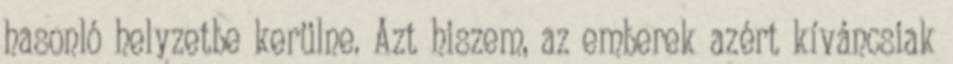
hasonló helyzetbe kerülne. Azt hiszem, az emberek azért kíváncsiak